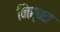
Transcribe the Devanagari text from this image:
निर्वत